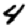
Digit: 4